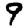
Digit: 9